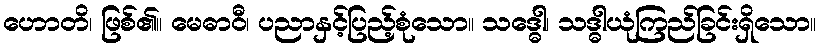
ဟောတိ၊ ဖြစ်၏။ မေဓာဝီ၊ ပညာနှင့်ပြည့်စုံသော။ သဒ္ဓေါ၊ သဒ္ဓါယုံကြည်ခြင်းရှိသော။